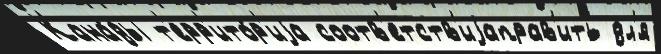
Кана́ды т'ерр'ито́р'иjа соотв'етств'иjаправ'ить дл'я